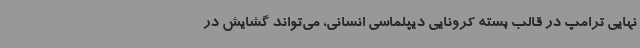
نهایی ترامپ در قالب بسته کرونایی دیپلماسی انسانی، می‌تواند گشایش در